Asutav_Kogu, lk 82
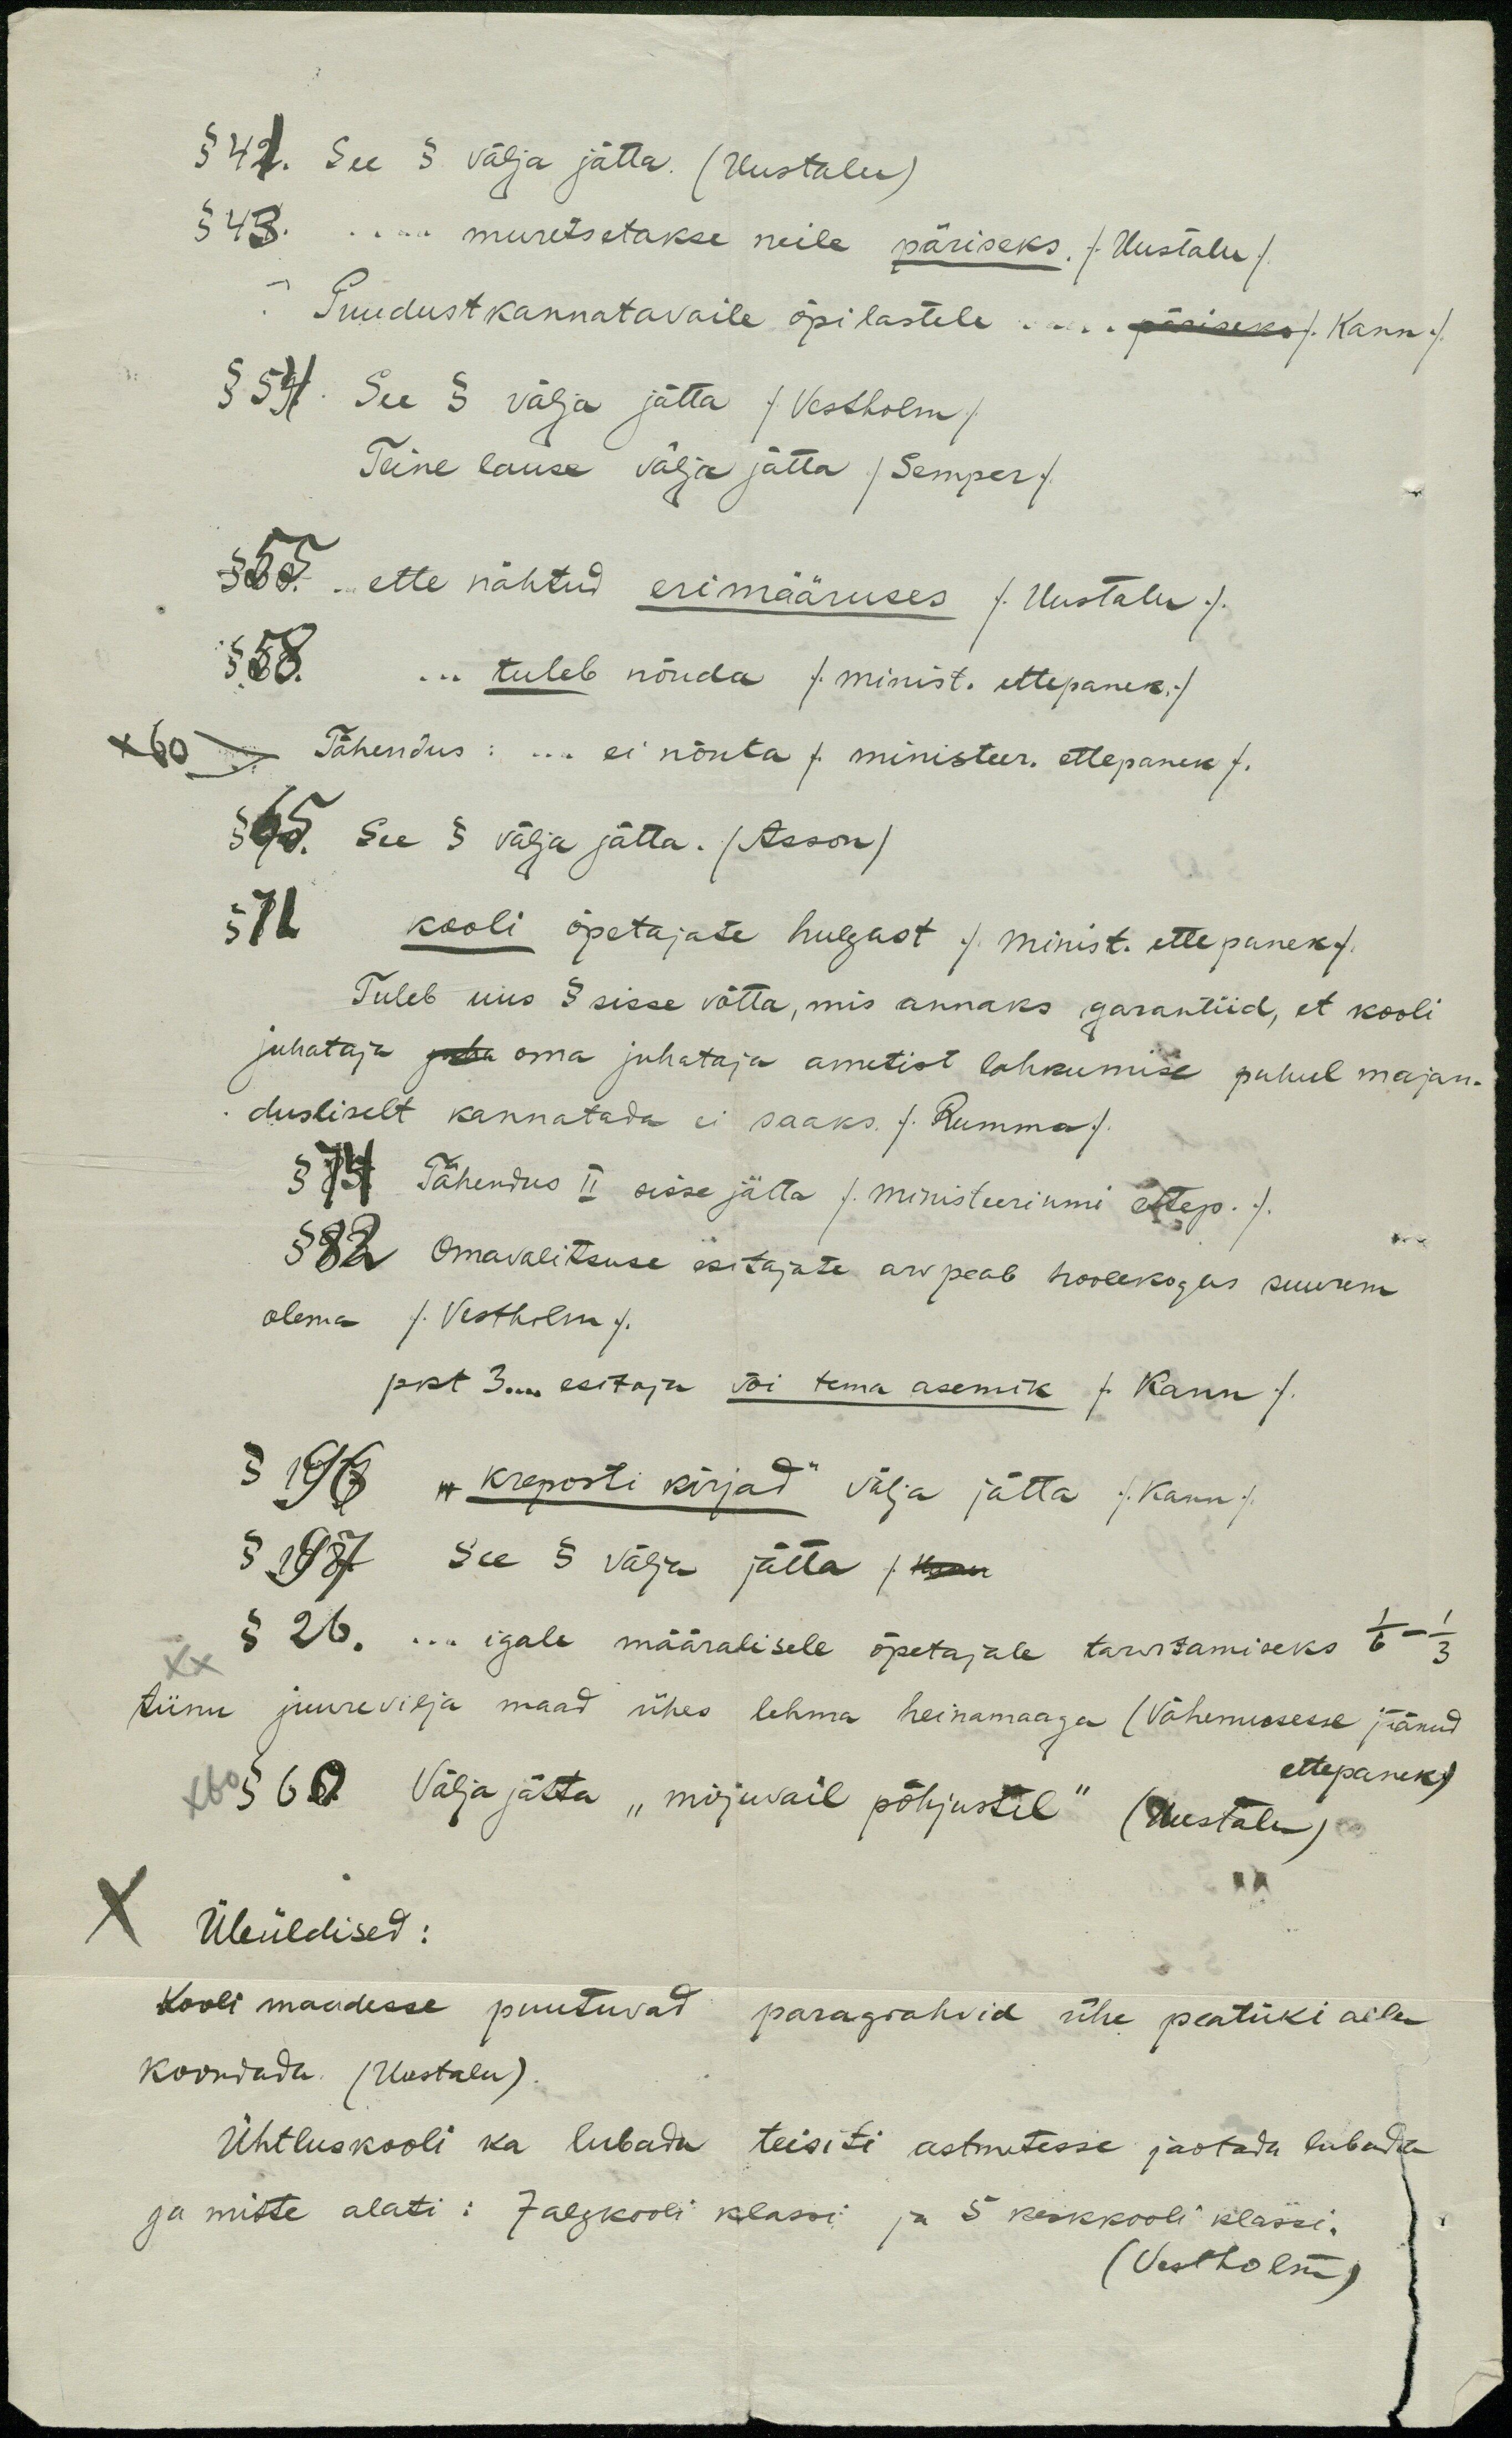
§ 41. See § välja jätta. (Uustalu)
§ 43. ... muretsetakse neile päriseks /Uustalu/
Puudust kannatavaile õpilastele .... päriseks /Kann./
§ 54. See § välja jätta /Vestholm/
Teine lause välja jätta /Semper/
§ 55. ... ette nähtud erimääruses /Uustalu/
§ 58. ... tuleb nõuda /minist. ettepanek/
x 60 Tähendus: ... ei nõuta /ministeer. ettepanek/
§ 65. See § välja jätta. (Asson)
§ 71 kooli õpetajate hulgast /minist. ettepanek/
Tuleb uus § sisse võtta, mis annaks garantiid, et kooli
juhataja juha oma juhata ja ametist lahkumise puhul majan-
dusliselt kannatada ei saaks. /Rumma/
§ 74 Tähendus II sisse jätta /ministeeriumi ettep./.
§ 82 omavalitsuse esitajate arv peab hoolekogus suurem
olema /Vestholm/
pkt 3... esitaja või tema asemik /Kann/
§196 "kreposti kirjad" välja jätta /Kann/
§ 197 See § välja jätta / kuni
§ 26. ... igale määralisele õpetajale tarvitamiseks 1/6 - 1/3
tiinu juurevilja maad ühes lehma heinamaaga (Vähemusse jäänd
x60 § 60 Välja jätta "mõjuvail põhjustel" (Uustalu)
ettepanek)
Üleüldised:
Kooli maadesse puutuvad paragrahvid ühe peatüki alla
koondada. (Uustalu).
Ühtluskooli ka lubada teisiti astmetesse jaotada lubada
ja mitte alati: 7 algkooli klassi ja 5 keskkooli klassi.
(Vestholm)